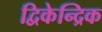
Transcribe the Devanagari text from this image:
द्विकेन्द्रिक